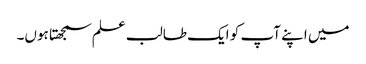
میں اپنے آپ کو ایک طالب علم سمجھتا ہوں۔